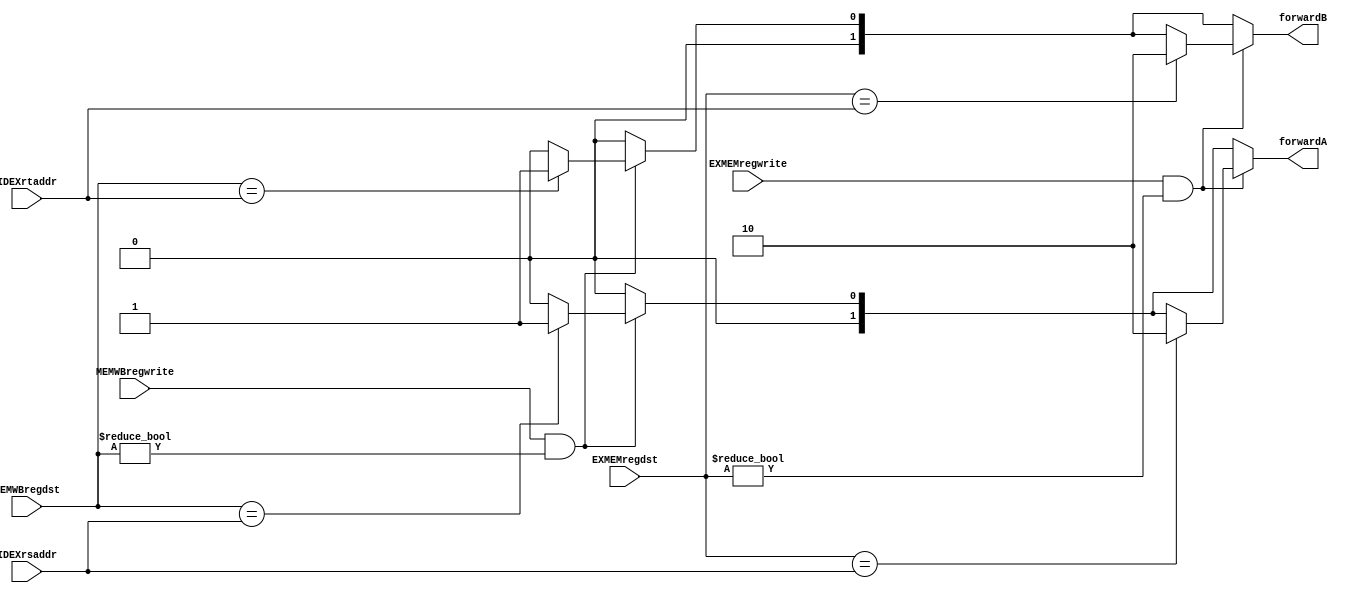
module ForwardingUnit
(
	IDEXrsaddr,
	IDEXrtaddr,
	EXMEMregwrite,
	EXMEMregdst,
	MEMWBregwrite,
	MEMWBregdst,
	forwardA,
	forwardB
);

input [4:0] IDEXrsaddr,IDEXrtaddr,EXMEMregdst,MEMWBregdst;
input EXMEMregwrite, MEMWBregwrite;

output reg [1:0] forwardA, forwardB;
always@(*) begin
	forwardA = 2'b00;
	forwardB = 2'b00;
	if (MEMWBregwrite && (MEMWBregdst != 5'b0)) begin
		if (MEMWBregdst == IDEXrsaddr) begin
			forwardA = 2'b01;
		end
		if (MEMWBregdst == IDEXrtaddr) begin
			forwardB = 2'b01;
		end
	end

	if (EXMEMregwrite && (EXMEMregdst != 5'b0)) begin	
		if (EXMEMregdst == IDEXrsaddr) begin
			forwardA = 2'b10;
		end
		if (EXMEMregdst == IDEXrtaddr) begin
			forwardB = 2'b10;
		end
	end

end

endmodule